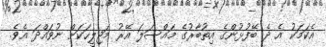
އެކަމަކު އެ ދެ ބޭފުޅުންގެ އިތުބާރުގެ މައްސަލަ އޭރު މަޖިލީހަކަށް ނުވައްދަ އެވެ.